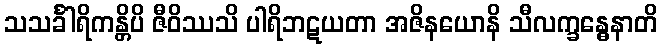
သသင်္ခါရိကန္တိပိ ဇီဝိဿသိ ပါရိဘဋယတာ အဇိနယောနိ သီလက္ခန္ဓေနာတိ